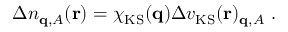
\begin{array} { r } { \Delta n _ { \mathbf { q } , A } ( \mathbf { r } ) = \chi _ { \mathrm { K S } } ( \mathbf { q } ) \Delta v _ { \mathrm { K S } } ( \mathbf { r } ) _ { \mathbf { q } , A } \ . } \end{array}